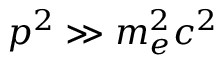
p ^ { 2 } \gg m _ { e } ^ { 2 } c ^ { 2 }